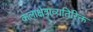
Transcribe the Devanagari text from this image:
कलाक्षेत्राव्यतिरिक्त